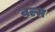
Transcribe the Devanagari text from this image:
वल्म